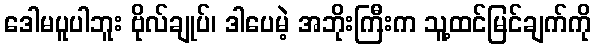
ဒေါမပူပါဘူး ဗိုလ်ချုပ်၊ ဒါပေမဲ့ အဘိုးကြီးက သူ့ထင်မြင်ချက်ကို